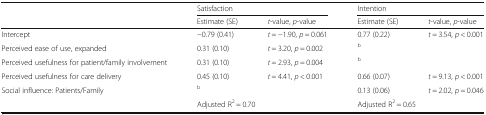
<table><thead><tr><td rowspan="2"></td><td colspan="2"><b>Satisfaction</b></td><td colspan="2"><b>Intention</b></td></tr><tr><td><b>Estimate (SE)</b></td><td><b><i>t</i>-value, <i>p</i>-value</b></td><td><b>Estimate (SE)</b></td><td><b><i>t</i>-value, <i>p</i>-value</b></td></tr></thead><tbody><tr><td>Intercept</td><td>−0.79 (0.41)</td><td><i>t</i> = −1.90, <i>p</i> = 0.061</td><td>0.77 (0.22)</td><td><i>t</i> = 3.54, <i>p</i> &lt; 0.001</td></tr><tr><td>Perceived ease of use, expanded</td><td>0.31 (0.10)</td><td><i>t</i> = 3.20, <i>p</i> = 0.002</td><td colspan="2"><sup>b</sup></td></tr><tr><td>Perceived usefulness for patient/family involvement</td><td>0.31 (0.10)</td><td><i>t</i> = 2.93, <i>p</i> = 0.004</td><td colspan="2"><sup>b</sup></td></tr><tr><td>Perceived usefulness for care delivery</td><td>0.45 (0.10)</td><td><i>t</i> = 4.41, <i>p</i> &lt; 0.001</td><td>0.66 (0.07)</td><td><i>t</i> = 9.13, <i>p</i> &lt; 0.001</td></tr><tr><td>Social influence: Patients/Family</td><td colspan="2"><sup>b</sup></td><td>0.13 (0.06)</td><td><i>t</i> = 2.02, <i>p</i> = 0.046</td></tr><tr><td></td><td colspan="2">Adjusted R<sup>2</sup> = 0.70</td><td colspan="2">Adjusted R<sup>2</sup> = 0.65</td></tr></tbody></table>